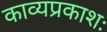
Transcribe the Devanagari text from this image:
काव्यप्रकाशः